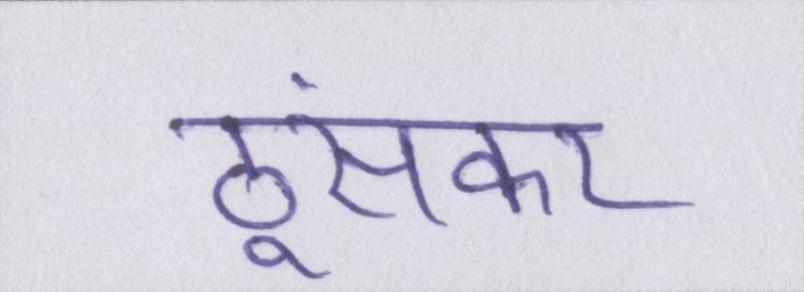
ठूंसकर